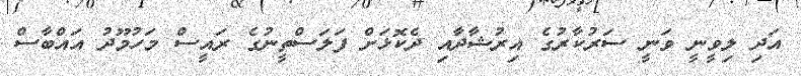
އަދި ލިވީނީ ވަނީ ސަރުކާރުގެ އިރުޝާދާއި ދެކޮޅަށް ފަލަސްތީނުގެ ރައީސް މަހުމޫދު އައްބާސް